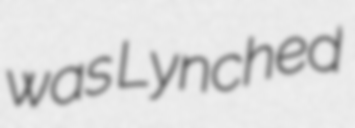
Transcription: was Lynched